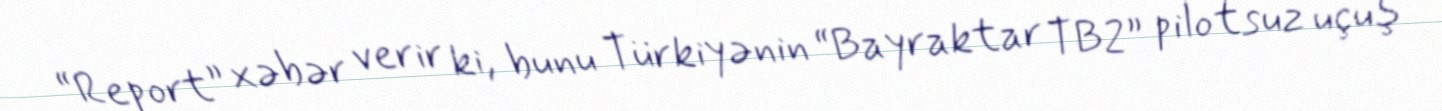
“Report” xəbər verir ki, bunu Türkiyənin “Bayraktar TB2” pilotsuz uçuş